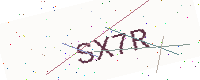
Text: SX7R